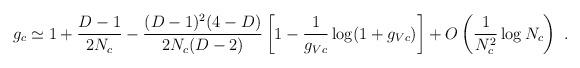
LaTeX: \begin{align*}g_c\simeq 1 + \frac{D-1}{2N_c} - \frac{(D-1)^2(4-D)}{2N_c(D-2)} \left[ 1-\frac{1}{g_{Vc}}\log(1+g_{Vc}) \right] + O\left( \frac{1}{N_c^2}\log N_c \right) \ .\end{align*}